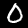
Label: 0